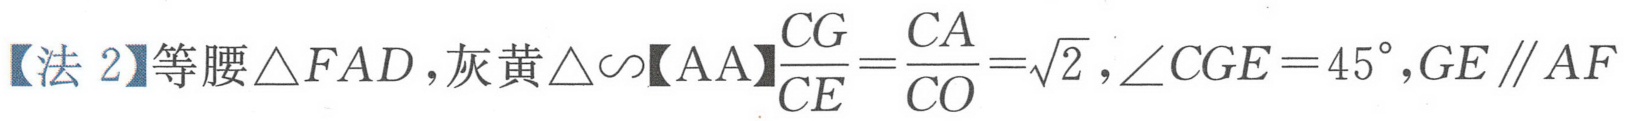
【法 2】等腰\(\triangle FAD\)，灰黄\(\triangle\sim\)【AA】\(\dfrac{CG}{CE}=\dfrac{CA}{CO}=\sqrt{2}\)，\(\angle CGE = 45^{\circ}\)，\(GE\parallel AF\)